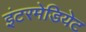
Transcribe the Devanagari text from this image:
इंटरमेडियेट